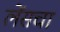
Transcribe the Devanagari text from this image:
लेंसचा